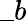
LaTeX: \_ b